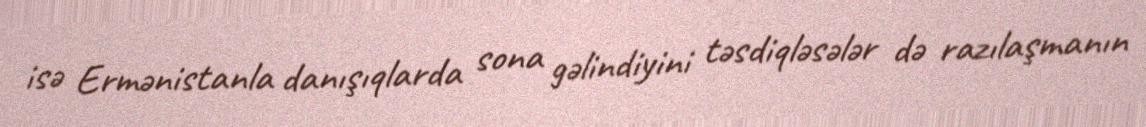
isə Ermənistanla danışıqlarda sona gəlindiyini təsdiqləsələr də razılaşmanın